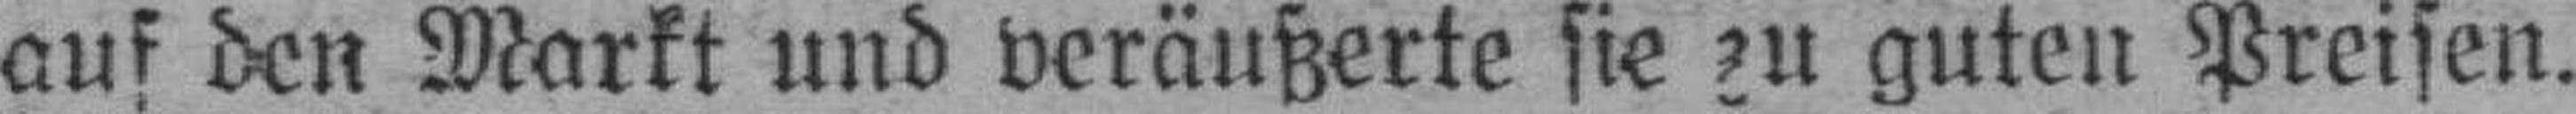
auf den Markt und veräußerte sie zu guten Preisen.